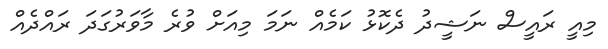
މިއީ ރައީސް ނަޝީދު ދެކޮޅު ކަމެއް ނަމަ މިއަށް ވުރެ މާވަރުގަދަ ރައްދެއް